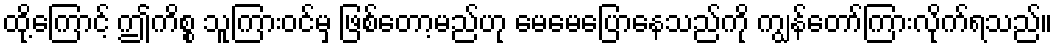
ထို့ကြောင့် ဤကိစ္စ သူကြားဝင်မှ ဖြစ်တော့မည်ဟု မေမေပြောနေသည်ကို ကျွန်တော်ကြားလိုက်ရသည်။